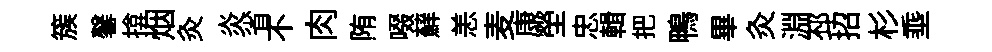
簇馨揜烟灸炎省不肉陏啜蘚恙麦康塋忠輯把鴨畢灸淵邳招杉埀